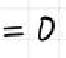
0